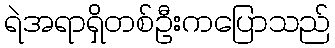
ရဲအရာရှိတစ်ဦးကပြောသည်